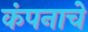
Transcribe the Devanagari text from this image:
कंपनाचे